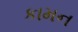
કામન